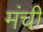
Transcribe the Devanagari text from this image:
मंची